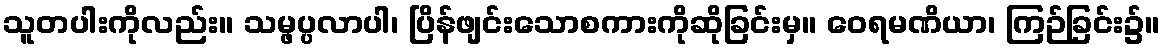
သူတပါးကိုလည်း။ သမ္ဖပ္ပလာပါ၊ ပြိန်ဖျင်းသောစကားကိုဆိုခြင်းမှ။ ဝေရမဏိယာ၊ ကြဉ်ခြင်း၌။